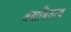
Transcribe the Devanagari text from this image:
अवाधितत्व